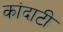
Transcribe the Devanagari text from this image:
कांदाटी